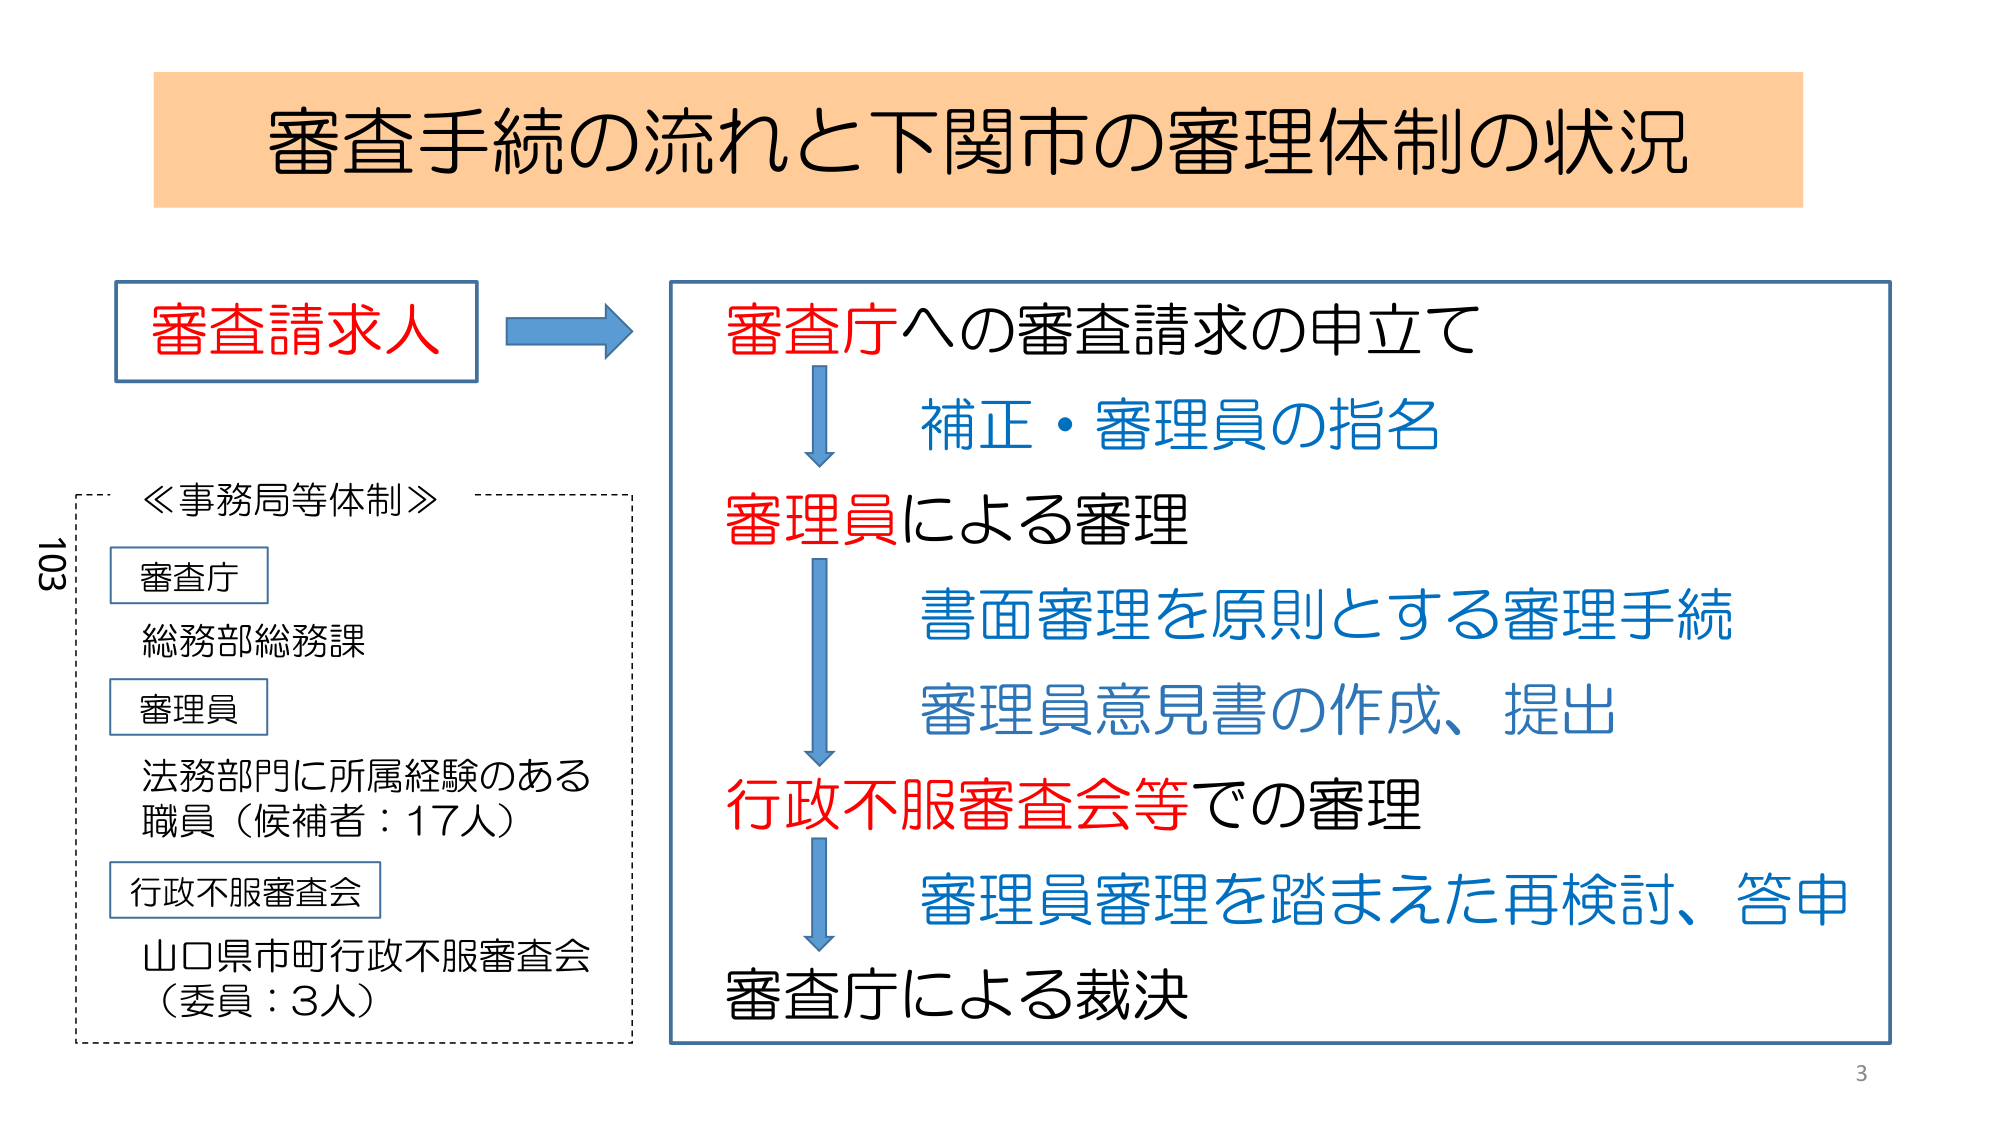
審査手続の流れと下関市の審理体制の状況

審査請求人

≪事務局等体制≫
審査庁
総務部総務課
審理員
法務部門に所属経験のある
職員（候補者：17人）
行政不服審査会
山口県市町行政不服審査会
（委員：3人）

審査庁への審査請求の申立て
補正・審理員の指名
審理員による審理
書面審理を原則とする審理手続
審理員意見書の作成、提出
行政不服審査会等での審理
審理員審理を踏まえた再検討、答申
審査庁による裁決

103
3